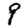
Digit: 9